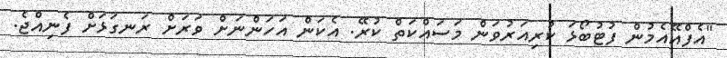
"އެފްއޭއެމުން ފުޓުބޯޅަ ކުރިއަރުވަން މަސައްކަތް ކުރޭ. އެކަން އަހަންނަށް ވަރަށް ރަނގަޅަށް ފެނިއްޖެ.